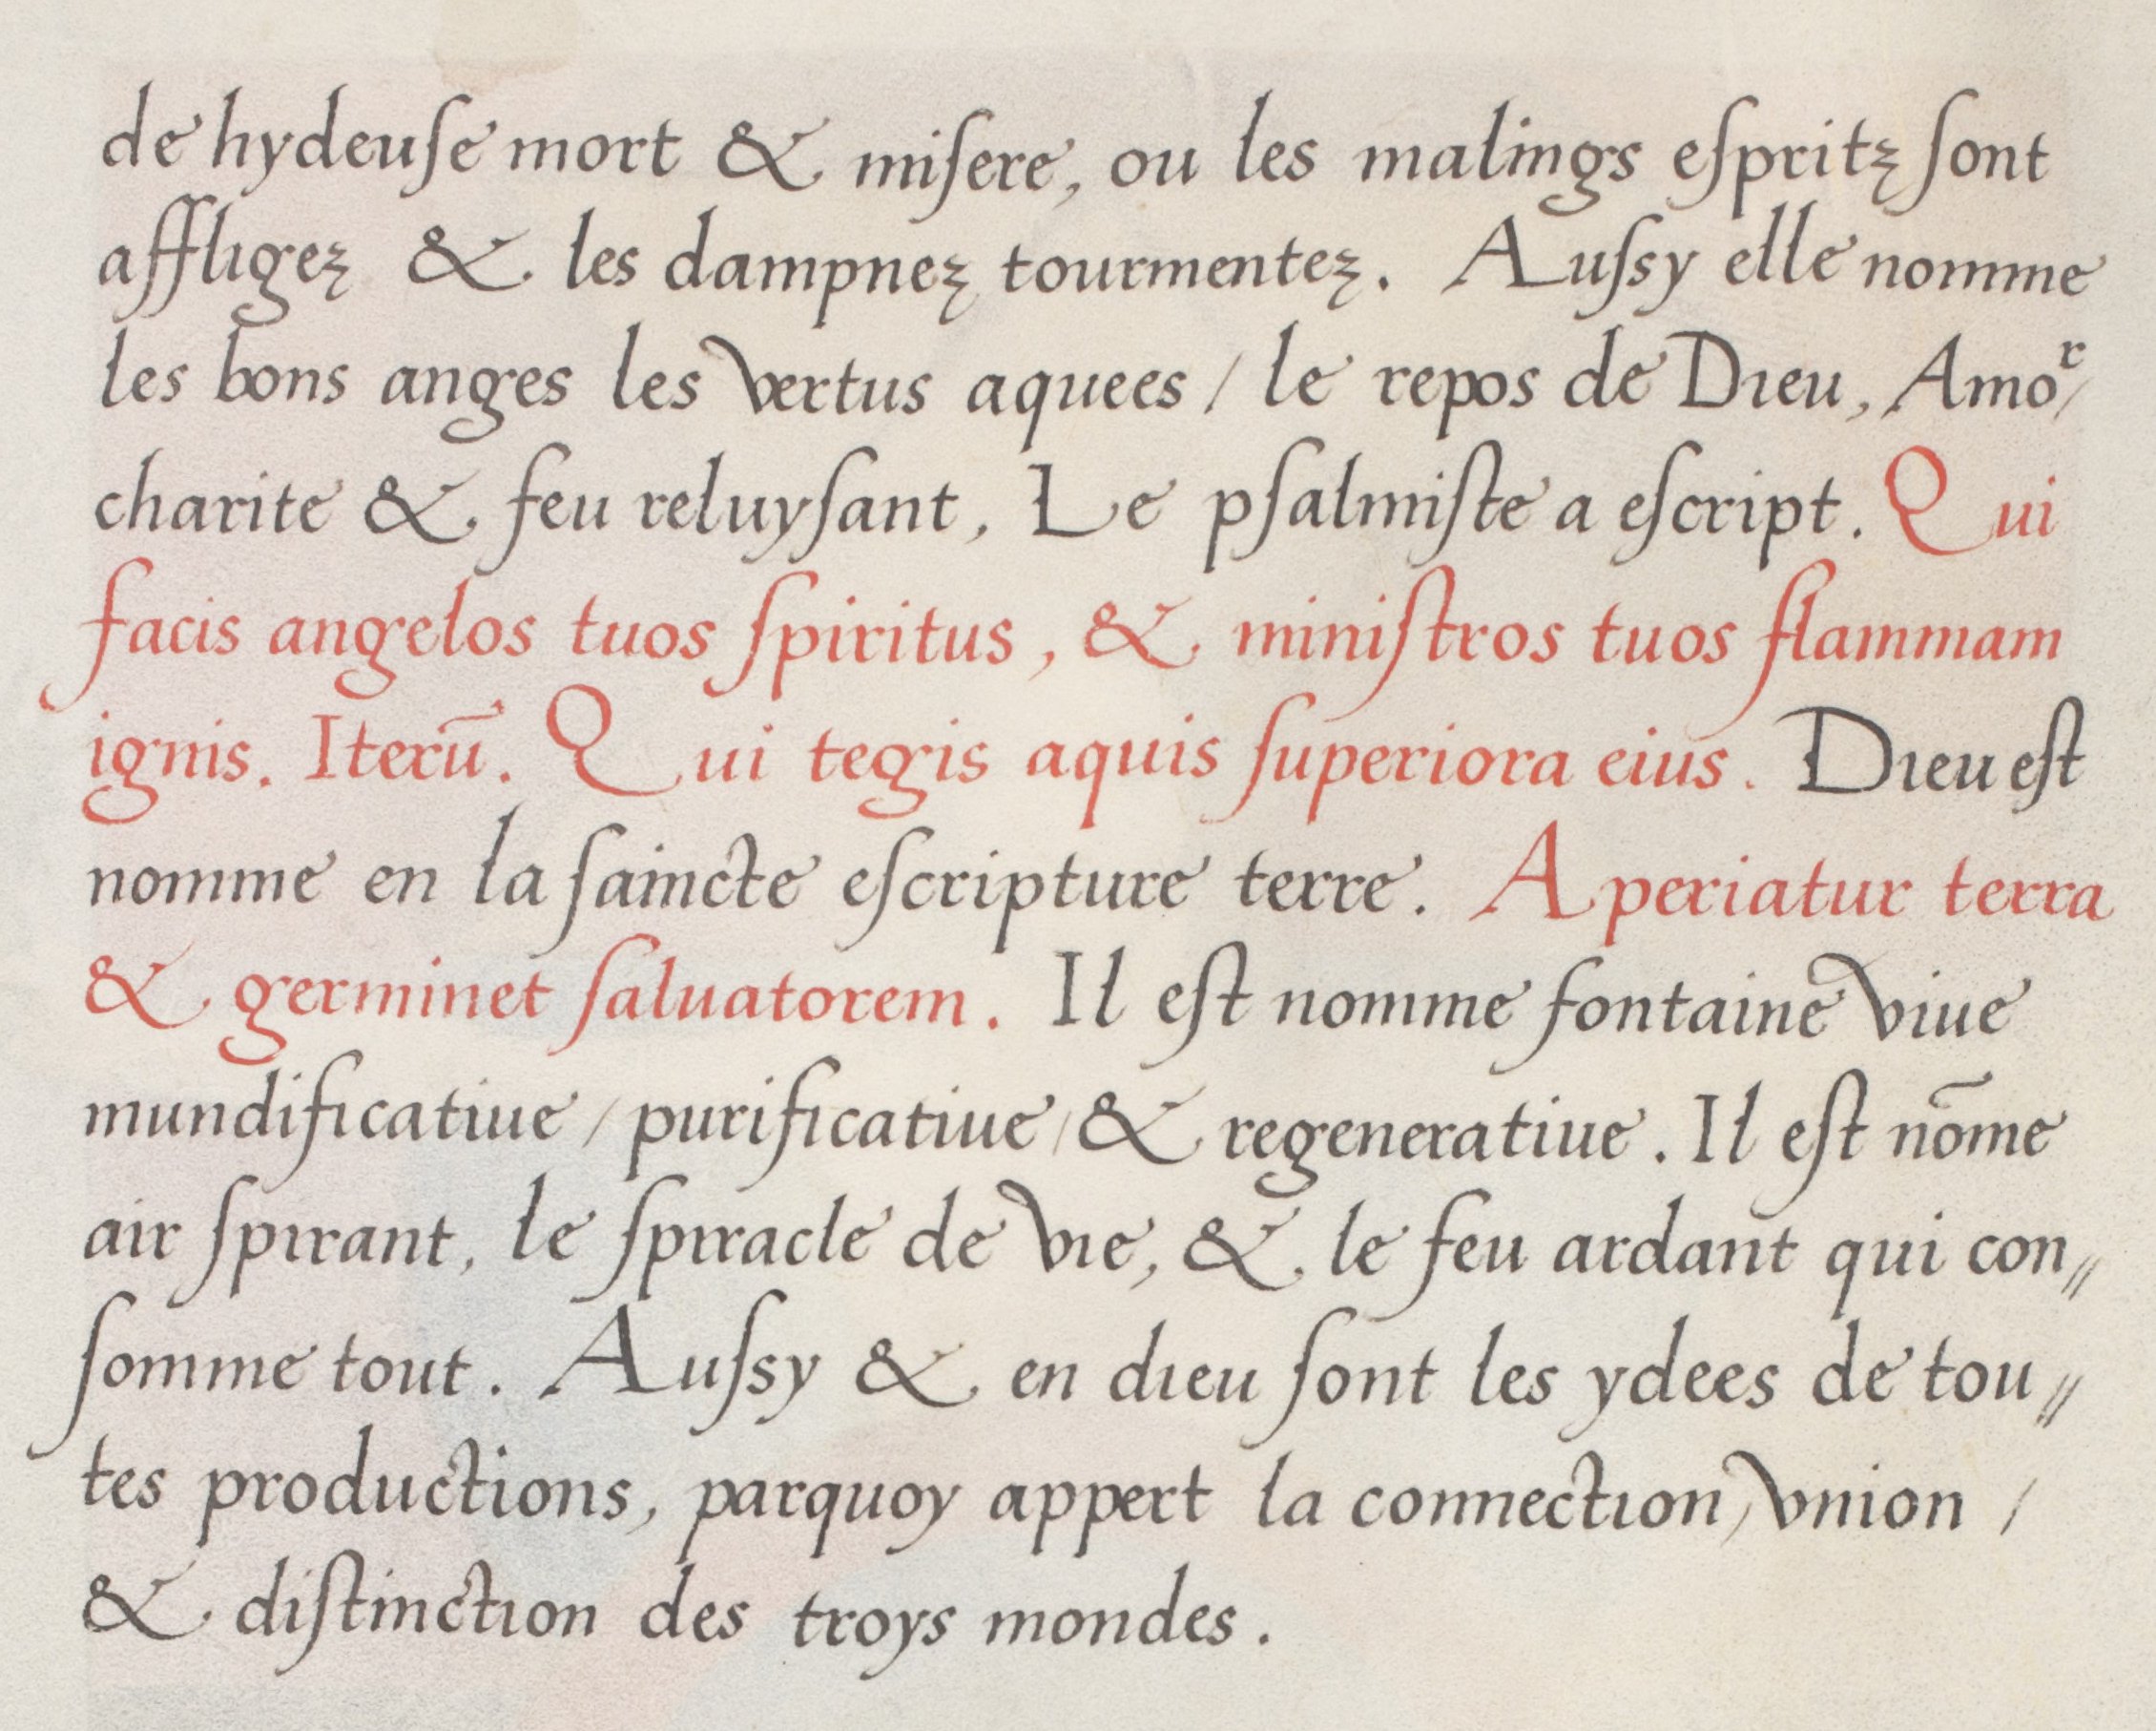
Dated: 1536–1536